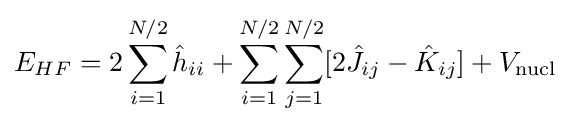
E_{HF}=2\sum _{i=1}^{N/2}{\hat {h}}_{ii}+\sum _{i=1}^{N/2}\sum _{j=1}^{N/2}[2{\hat {J}}_{ij}-{\hat {K}}_{ij}]+V_{\text{nucl}}